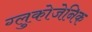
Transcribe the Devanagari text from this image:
ग्लुकोजेनिक